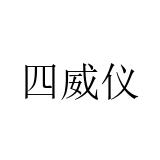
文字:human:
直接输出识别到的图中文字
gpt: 四威仪